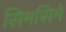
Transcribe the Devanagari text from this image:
सिमसिमे